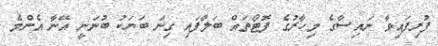
ފުރިފައިވާ ނައިސާގެ މިހާރުގެ ފޮޓޯތައް ބަލާފައި ގިނަ ބަޔަކު ބުނަނީ އޭނާ އެންމެ